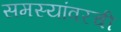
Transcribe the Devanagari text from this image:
समस्यांवरची